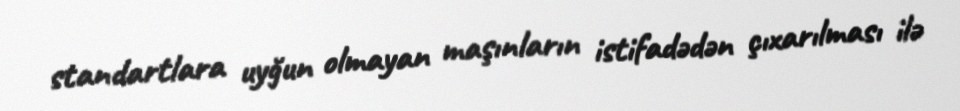
standartlara uyğun olmayan maşınların istifadədən çıxarılması ilə